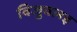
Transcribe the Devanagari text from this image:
विजुवलइ